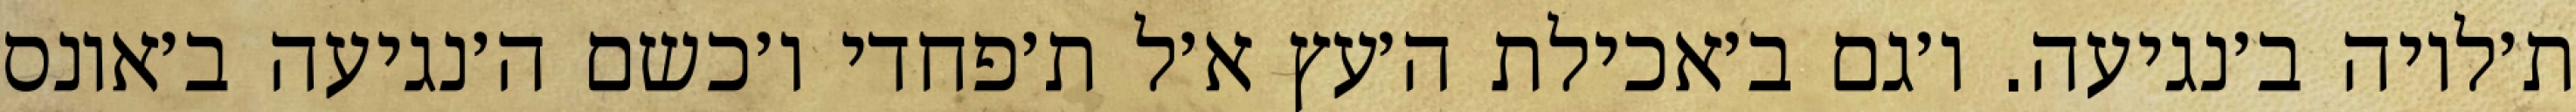
ת׳לויה ב׳נגיעה. ו׳גם ב׳אכילת ה׳עץ א׳ל ת׳פחדי ו׳כשם ה׳נגיעה ב׳אונס